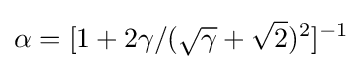
\alpha =[1+2\gamma /({\sqrt {\gamma }}+{\sqrt {2}})^{2}]^{-1}